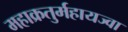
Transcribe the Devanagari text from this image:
महाक्रतुर्महायज्वा